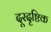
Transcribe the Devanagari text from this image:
दूरदृष्टिक